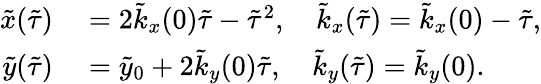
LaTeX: \begin{array}{rl}{\tilde{x}(\tilde{\tau})}&{{}=2\tilde{k}_{x}(0)\tilde{\tau}-\tilde{\tau}^{2},\quad\tilde{k}_{x}(\tilde{\tau})=\tilde{k}_{x}(0)-\tilde{\tau},}\\ {\tilde{y}(\tilde{\tau})}&{{}=\tilde{y}_{0}+2\tilde{k}_{y}(0)\tilde{\tau},\quad\tilde{k}_{y}(\tilde{\tau})=\tilde{k}_{y}(0).}\end{array}